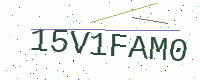
Text: 15V1FAM0